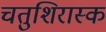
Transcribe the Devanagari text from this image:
चतुशिरास्क